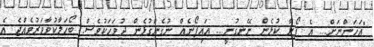
"އަހަންނަށް... އެ ފޯނާ ކުޅެން ނޭނގުނީ... އައިފޯނެއް ނުގެންގުޅެން ދުވަހަކުވެސް. ބޯހަލާކުވާވަރުވެއްޖެ އެ